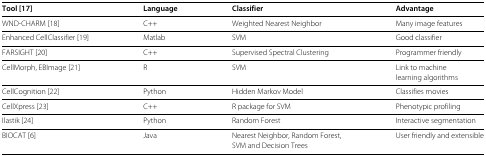
<table><thead><tr><td><b>Tool[17]</b></td><td><b>Language</b></td><td><b>Classifier</b></td><td><b>Advantage</b></td></tr></thead><tbody><tr><td>WND-CHARM[18]</td><td>C++</td><td>Weighted Nearest Neighbor</td><td>Many image features</td></tr><tr><td>Enhanced CellClassifier[19]</td><td>Matlab</td><td>SVM</td><td>Good classifier</td></tr><tr><td>FARSIGHT[20]</td><td>C++</td><td>Supervised Spectral Clustering</td><td>Programmer friendly</td></tr><tr><td>CellMorph, EBImage[21]</td><td>R</td><td>SVM</td><td>Link to machine</td></tr><tr><td></td><td></td><td></td><td>learning algorithms</td></tr><tr><td>CellCognition[22]</td><td>Python</td><td>Hidden Markov Model</td><td>Classifies movies</td></tr><tr><td>CellXpress[23]</td><td>C++</td><td>R package for SVM</td><td>Phenotypic profiling</td></tr><tr><td>Ilastik[24]</td><td>Python</td><td>Random Forest</td><td>Interactive segmentation</td></tr><tr><td>BIOCAT[6]</td><td>Java</td><td>Nearest Neighbor, Random Forest,</td><td>User friendly and extensible</td></tr><tr><td></td><td></td><td>SVM and Decision Trees</td><td></td></tr></tbody></table>